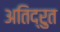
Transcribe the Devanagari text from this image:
अतिद्रुत